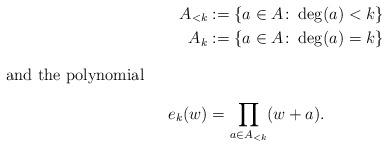
LaTeX: \begin{align*}A_{<k} &:=\{a\in A \colon \deg(a)<k\}\\A_{k} & :=\{a\in A \colon \deg(a)=k\}\intertext{and the polynomial}e_k(w)&=\prod_{a\in A_{<k}} (w+a).\end{align*}